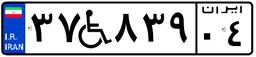
۳۷W۸۳۹۰۴